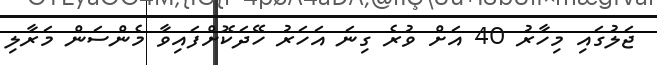
ޖަލުގައި މިހާރު 40 އަށް ވުރެ ގިނަ އަހަރު ހޭދަކޮށްފައިވާ މެންސަން މަރާލި